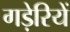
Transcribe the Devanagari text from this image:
गड़ेरियें